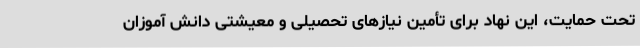
تحت حمایت، این نهاد برای تأمین نیازهای تحصیلی و معیشتی دانش آموزان